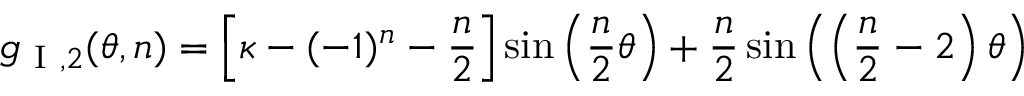
g _ { \mathrm { ~ I ~ } , 2 } ( \theta , n ) = \left[ \kappa - ( - 1 ) ^ { n } - \frac { n } { 2 } \right] \sin \left( \frac { n } { 2 } \theta \right) + \frac { n } { 2 } \sin \left( \left( \frac { n } { 2 } - 2 \right) \theta \right)